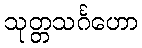
သုတ္တသင်္ဂဟော